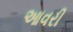
આવરી